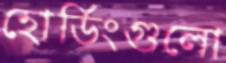
হোর্ডিংগুলো